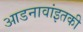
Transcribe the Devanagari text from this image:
आडनावांइतकी